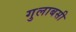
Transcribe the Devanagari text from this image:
गुलाबसी